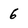
Character: 6